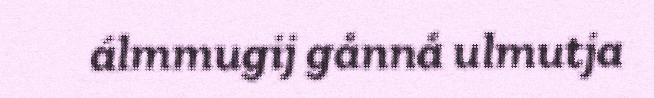
álmmugij gånnå ulmutja